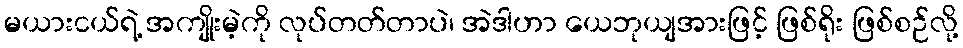
မယားငယ်ရဲ့ အကျိုးမဲ့ကို လုပ်တတ်တာပဲ၊ အဲဒါဟာ ယေဘုယျအားဖြင့် ဖြစ်ရိုး ဖြစ်စဉ်လို့